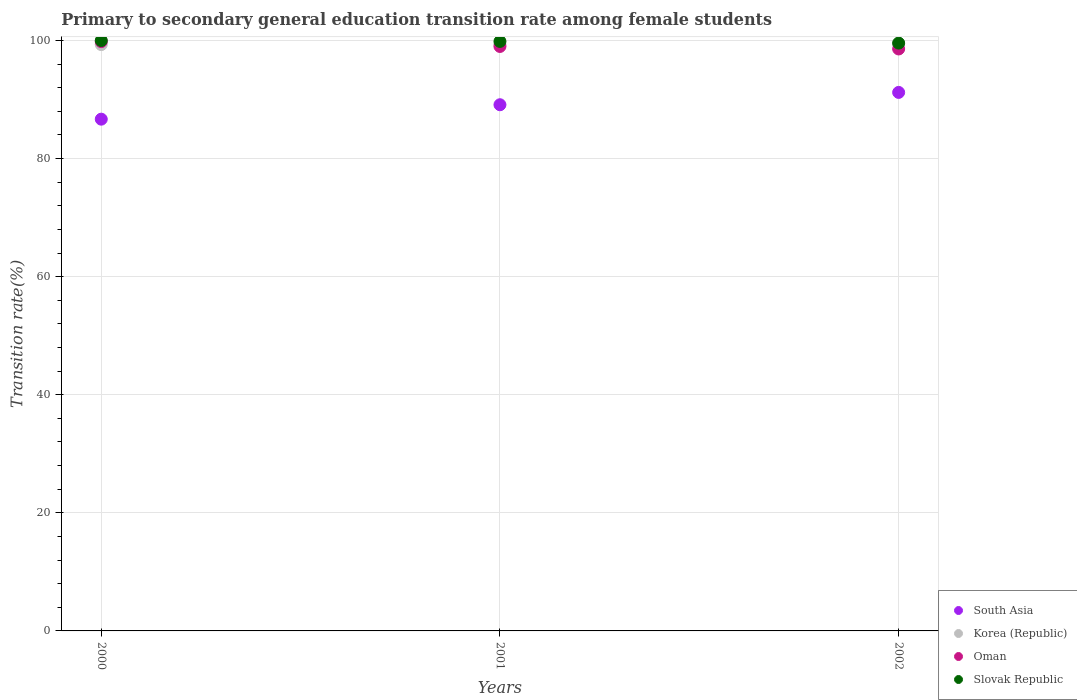
| Years | South Asia | Korea (Republic) | Oman | Slovak Republic |
 | --- | --- | --- | --- | --- |
 | 2000 | 86.7 | 99.3 | 99.8 | 100 |
 | 2001 | 89.1 | 99.3 | 99 | 99.8 |
 | 2002 | 91.2 | 99.5 | 98.6 | 99.6 |